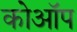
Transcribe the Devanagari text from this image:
कोऑप